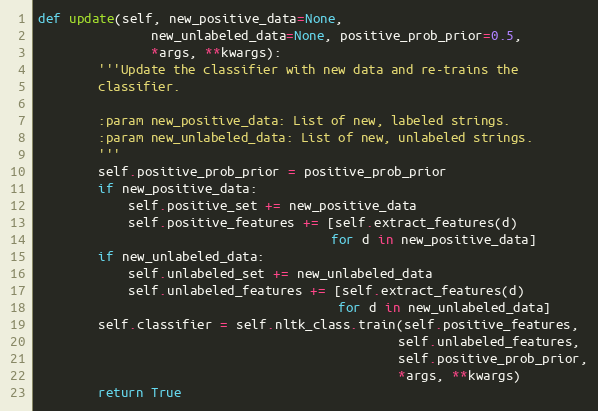
Language: Python
def update(self, new_positive_data=None,
               new_unlabeled_data=None, positive_prob_prior=0.5,
               *args, **kwargs):
        '''Update the classifier with new data and re-trains the
        classifier.

        :param new_positive_data: List of new, labeled strings.
        :param new_unlabeled_data: List of new, unlabeled strings.
        '''
        self.positive_prob_prior = positive_prob_prior
        if new_positive_data:
            self.positive_set += new_positive_data
            self.positive_features += [self.extract_features(d)
                                       for d in new_positive_data]
        if new_unlabeled_data:
            self.unlabeled_set += new_unlabeled_data
            self.unlabeled_features += [self.extract_features(d)
                                        for d in new_unlabeled_data]
        self.classifier = self.nltk_class.train(self.positive_features,
                                                self.unlabeled_features,
                                                self.positive_prob_prior,
                                                *args, **kwargs)
        return True